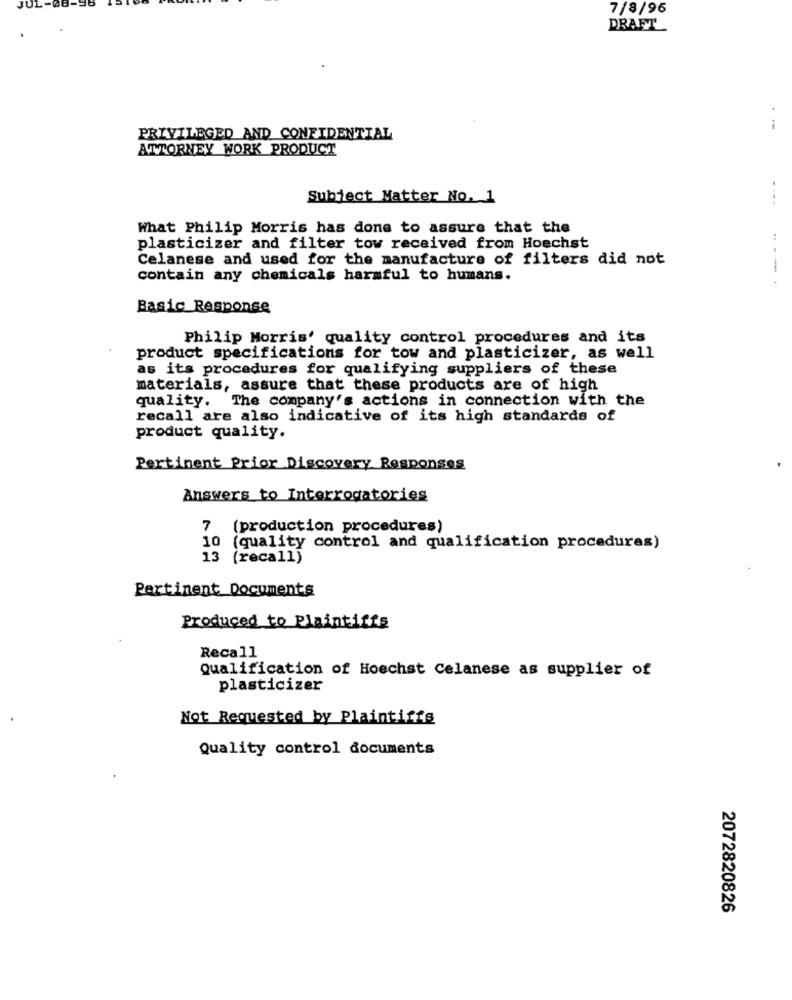
JUL-08-98
7/8/96
DRAFT
.-
PRIVILEGED AND CONFIDENTIAL
ATTORNEY WORK PRODUCT
Subject Matter No. 1
What Philip Morris has done to assure that the
plasticizer and filter tow received from Hoechst
...
Celanese and used for the manufacture of filters did not
-
contain any chemicals harmful to humans.
Basic_Response
Philip Morris' quality control procedures and its
product specifications for tow and plasticizer, as well
as its procedures for qualifying suppliers of these
materials, assure that these products are of high
quality. The company's actions in connection with the
recall are also indicative of its high standards of
product quality.
Pertinent Prior Discovery Responses
Answers to Interrogatories
7 (production procedures)
10 (quality control and qualification procedures)
13 (recall)
Pertinent Documents
Produced to Plaintiffs
Recall
Qualification of Hoechst Celanese as supplier of
plasticizer
Not Requested by Plaintiffs
Quality control documents
2072820826